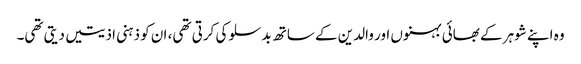
وہ اپنے شوہر کے بھائی بہنوں اور والدین کے ساتھ بدسلوکی کرتی تھی، ان کو ذہنی اذیتیں دیتی تھی۔